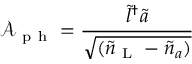
\mathcal { A } _ { \mathrm { ~ p ~ h ~ } } = \frac { \tilde { l } ^ { \dagger } \tilde { a } } { \sqrt { ( \tilde { n } _ { \mathrm { ~ L ~ } } - \tilde { n } _ { a } ) } }